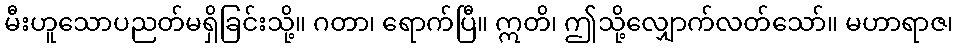
မီးဟူသောပညတ်မရှိခြင်းသို့။ ဂတာ၊ ရောက်ပြီ။ ဣတိ၊ ဤသို့လျှောက်လတ်သော်။ မဟာရာဇ၊